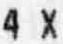
4 X